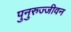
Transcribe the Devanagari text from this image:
पुनुरुज्जीवन